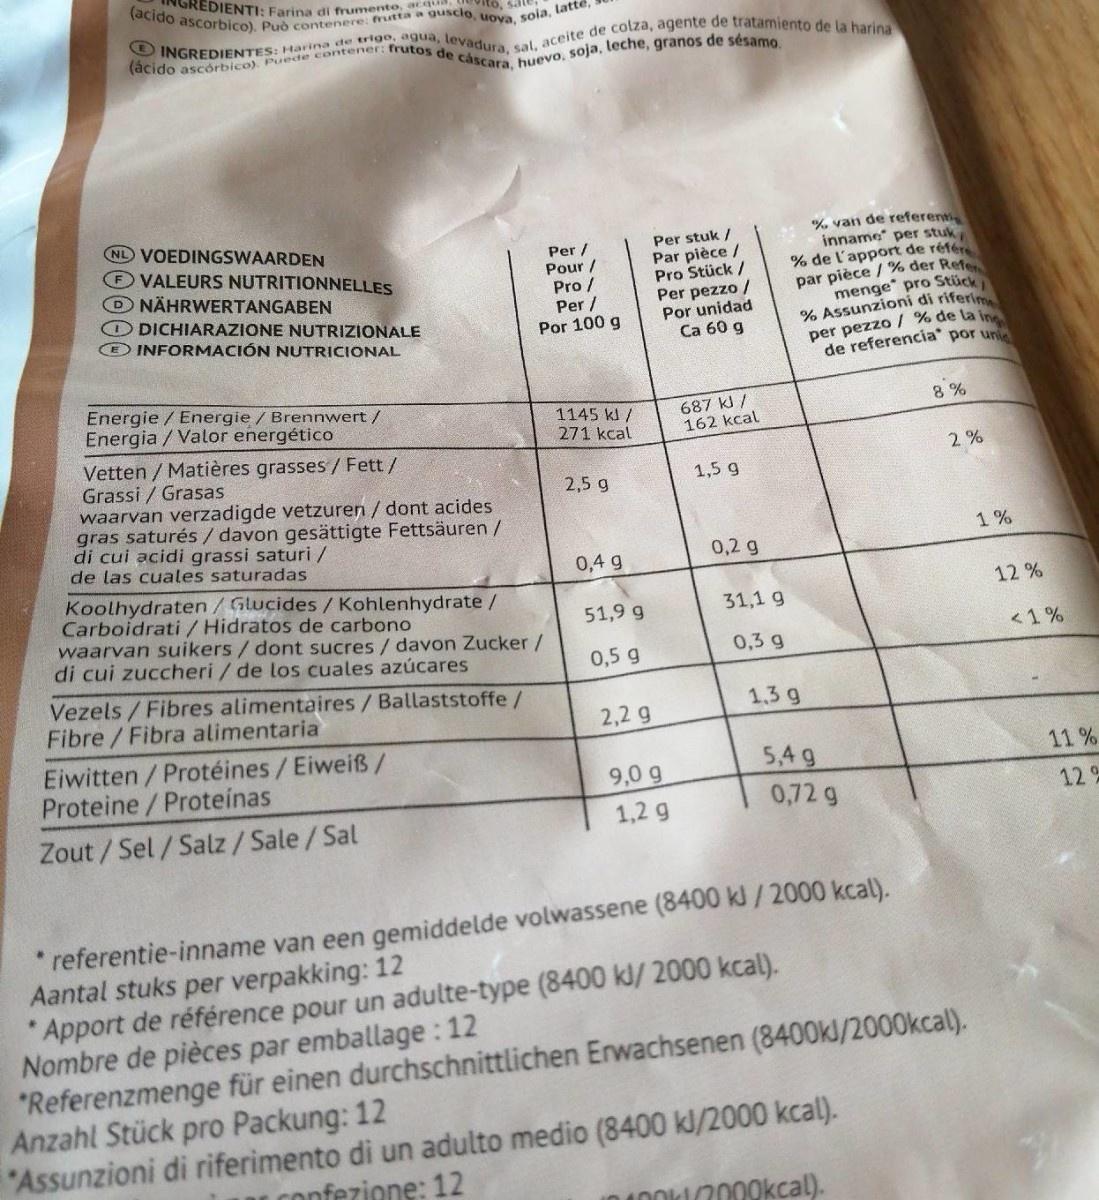
NGREDIENTI: Farina di frum guscio, uova, soia, latte, (acido ascorbico), Può contenere
(ácido ascórbico). Puede contener: frutos de cáscara, huevo, soja, leche, granos de sésamo.
O INGREDIENTES: Harina de trige, agua, levadura, sal, aceite de colza, agente de tratamiento de la harina
NL VOEDINGSWAARDEN VALEURS NUTRITIONNELLES NÄHRWERTANGABEN O DICHIARAZIONE NUTRIZIONALE O INFORMACIÓN NUTRICIONAL
Per / Pour / Pro / Per / Por 100 g
Per stuk / Par pièce / Pro Stück / Per pezzo / Por unidad Ca 60 g
% van de referenti inname per stuk % de l'apport de référe par pièce / % der Refe menge" pro Stück % Assunzioni di riferim per pezzo / % de la in de referencia" por un
Energie / Energie / Brennwert / Energia /Valor energético
687 kJ / 162 kcal
8 %
1145 kl / 271 kcal
Vetten / Matières grasses / Fett/ Grassi / Grasas waarvan verzadigde vetzuren / dont acides gras saturés / davon gesättigte Fettsäuren / di cui acidi grassi saturi / de las cuales saturadas
2 %
2,5 g
1,5 g
1%
0,2 g
0,4 g
Koolhydraten/Glucides/ Kohlenhydrate/ Carboidrati / Hidratos de carbono waarvan suikers/ dont sucres / davon Zucker/ di cui zuccheri / de los cuales azúcares
12 %
51,9 g
31,1 g
<1%
0,5 g
0,3 g
Vezels / Fibres alimentaires/Ballaststoffe/ Fibre/Fibra alimentaria
1,3 g
2,2 g
Eiwitten/Protéines/Eiweiß/ Proteine/Proteínas
5,4 g
11%
9,0 g
1,2 g
0,72 g
12%
Zout/Sel/Salz /Sale/Sal
*referentie-inname van een gemiddelde volwassene (8400 k/2000 kcal). Aantal stuks per verpakking: 12 Apport de référence pour un adulte-type (8400 kl/ 2000 kcal). Nombre de pièces par emballage : 12 *Referenzmenge für einen durchschnittlichen Erwachsenen (8400kl/2000kcal). Anzahl Stück pro Packung: 12 "Assunzioni di riferimento di un adulto medio (8400 kl/2000 kcal).
confezione: 12